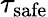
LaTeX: \tau_{\mathrm{safe}}